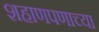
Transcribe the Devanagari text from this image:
शहाणपणाच्या